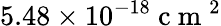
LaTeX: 5.48\times 10^{-18}\mathrm{~c~m~}^{2}